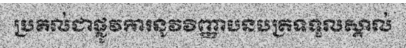
ប្រគល់ជាផ្លូវការនូវវិញ្ញាបនបត្រទទួលស្គាល់